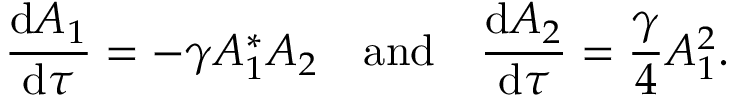
\frac { \mathrm { d } { A _ { 1 } } } { \mathrm { d } { \tau } } = - \gamma A _ { 1 } ^ { * } A _ { 2 } \quad \mathrm { a n d } \quad \frac { \mathrm { d } { A _ { 2 } } } { \mathrm { d } { \tau } } = \frac { \gamma } { 4 } A _ { 1 } ^ { 2 } .